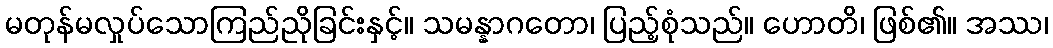
မတုန်မလှုပ်သောကြည်ညိုခြင်းနှင့်။ သမန္နာဂတော၊ ပြည့်စုံသည်။ ဟောတိ၊ ဖြစ်၏။ အဿ၊